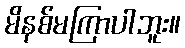
မိနစ်မကြာပါဘူး။